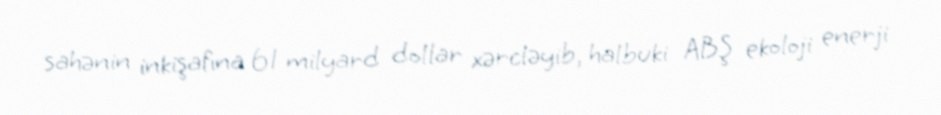
sahənin inkişafına 61 milyard dollar xərcləyib, halbuki ABŞ ekoloji enerji